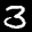
Label: 3